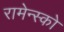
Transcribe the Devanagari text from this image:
रामेन्स्को